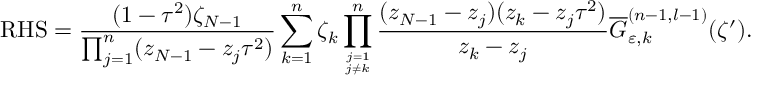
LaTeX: \mathrm { R H S } = \displaystyle \frac { ( 1 - \tau ^ { 2 } ) \zeta _ { N - 1 } } { \prod _ { j = 1 } ^ { n } ( z _ { N - 1 } - z _ { j } \tau ^ { 2 } ) } \sum _ { k = 1 } ^ { n } \zeta _ { k } \displaystyle \prod _ { j = 1 \atop j \neq k } ^ { n } \frac { ( z _ { N - 1 } - z _ { j } ) ( z _ { k } - z _ { j } \tau ^ { 2 } ) } { z _ { k } - z _ { j } } \displaystyle \overline { { { G } } } _ { \varepsilon , k } ^ { ( n - 1 , l - 1 ) } ( \zeta ^ { \prime } ) .